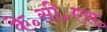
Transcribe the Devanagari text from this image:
के॰सी॰एस॰